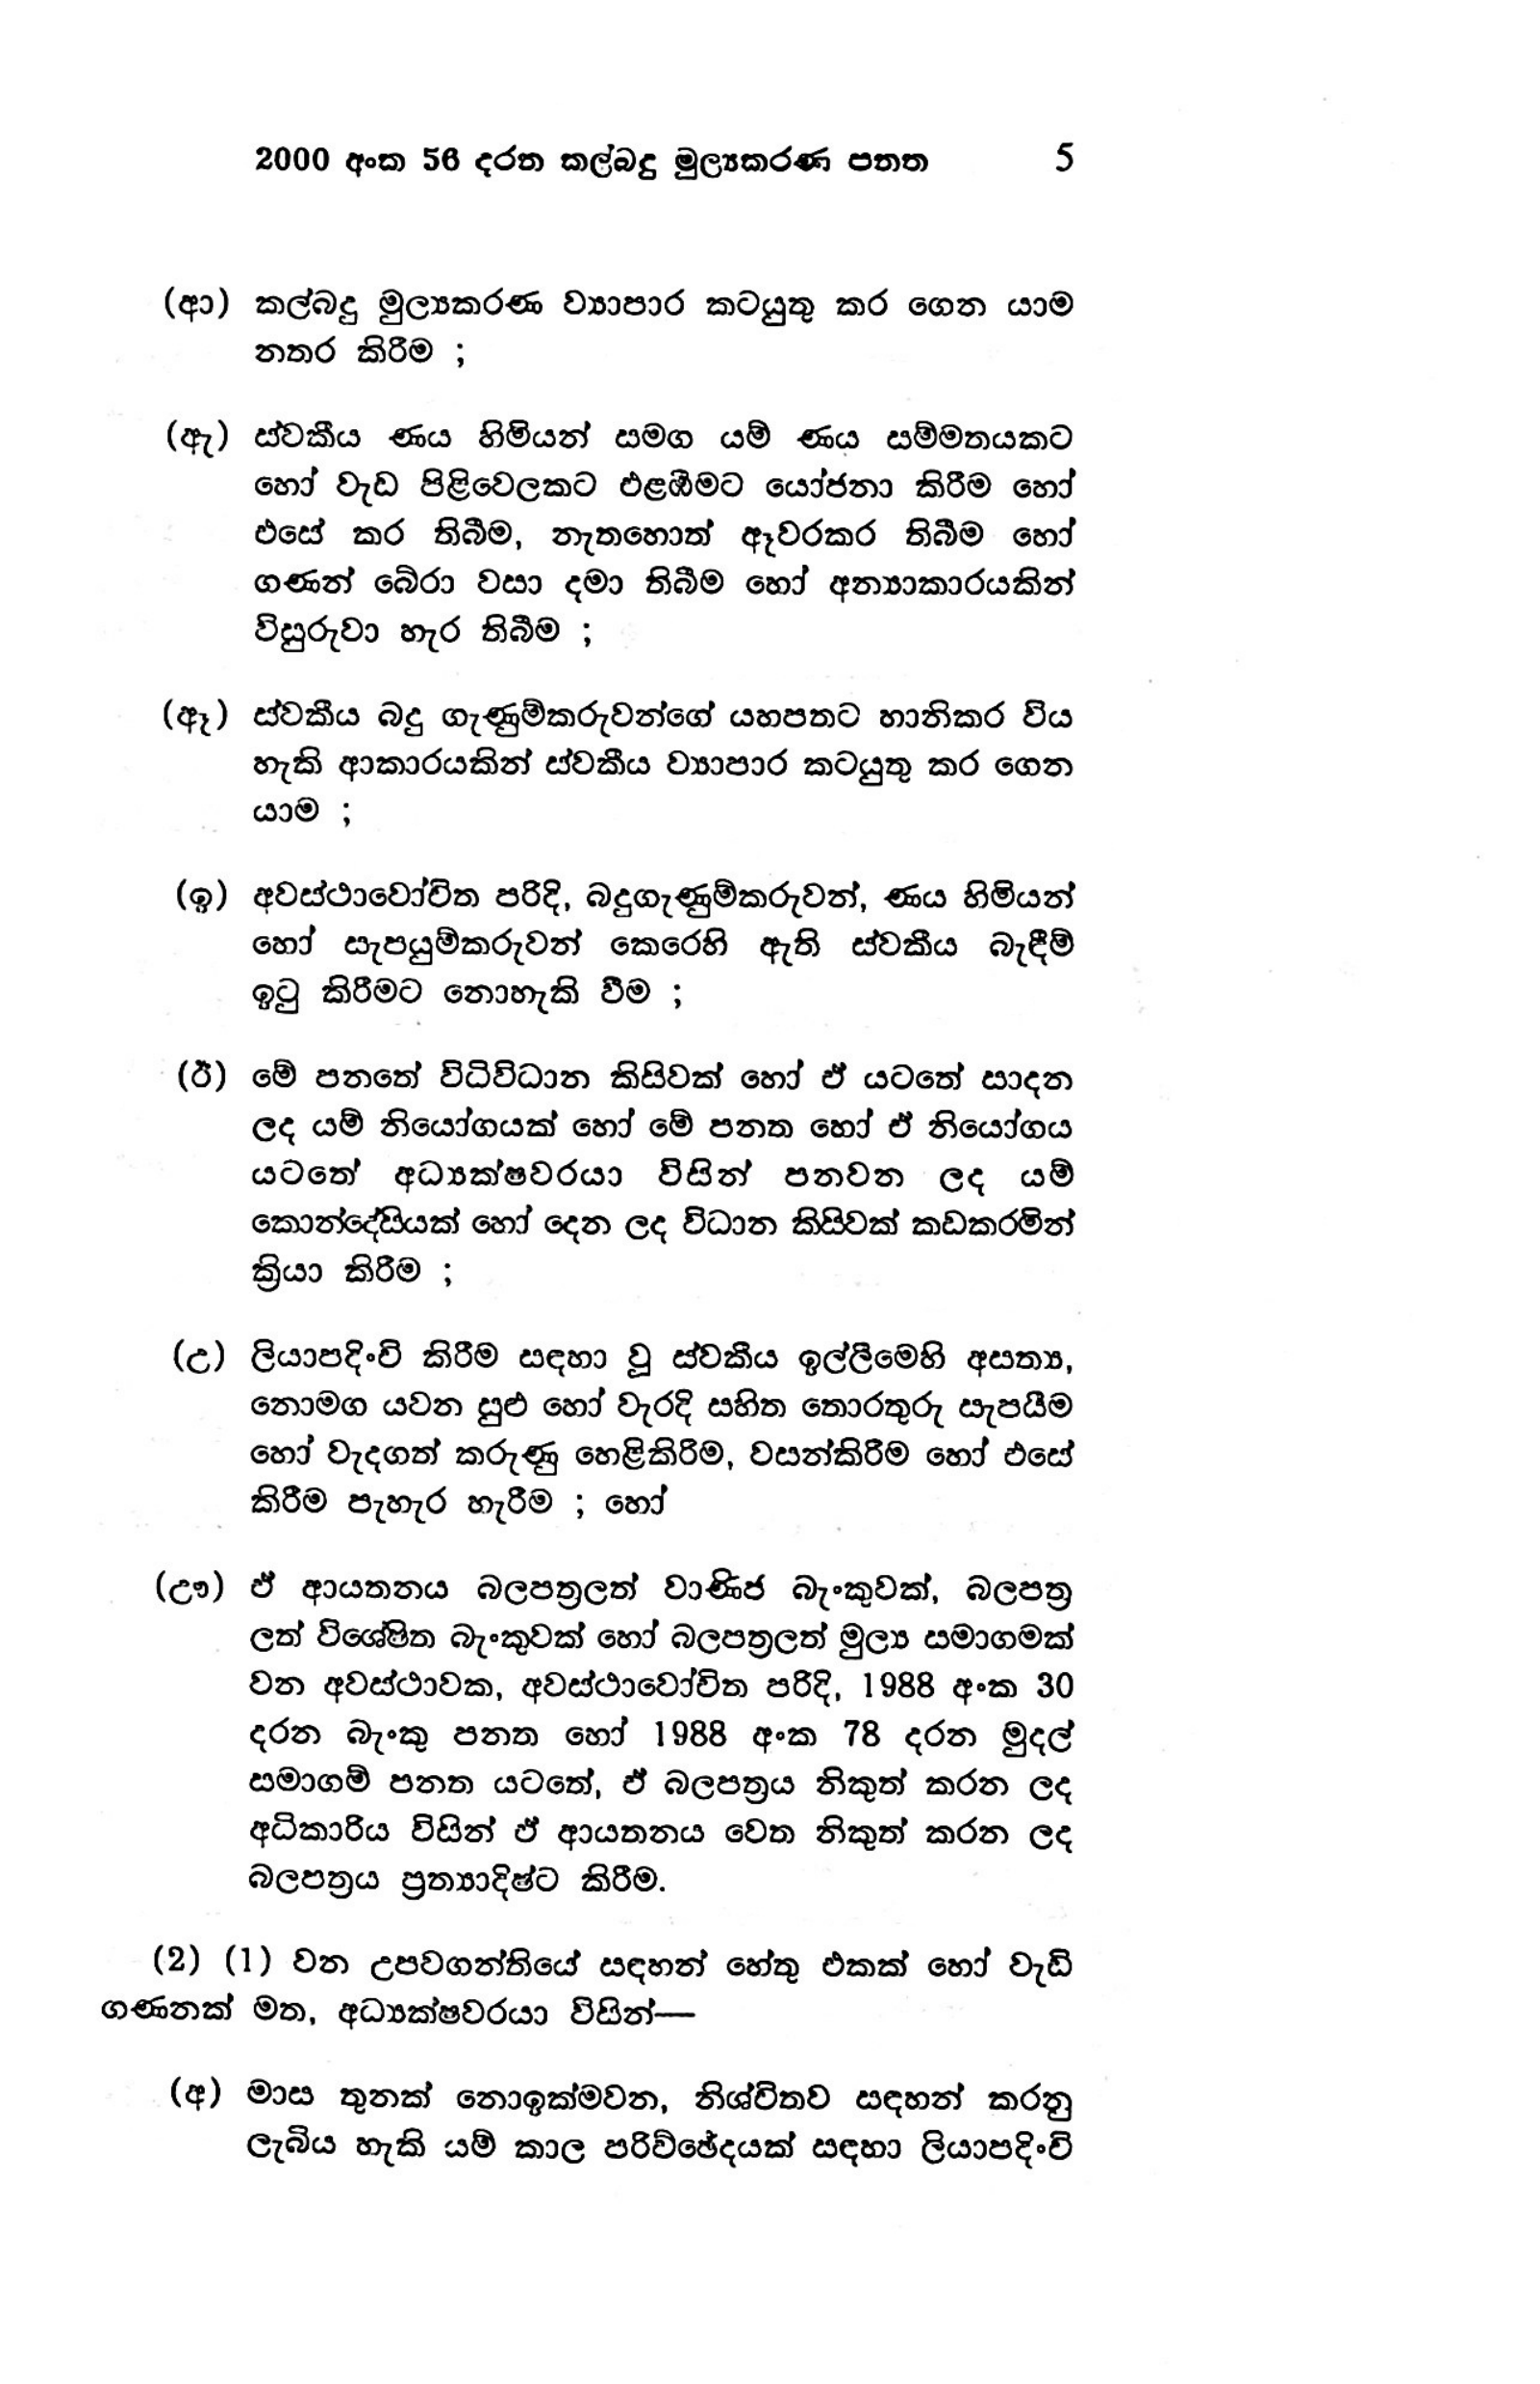
2000 අංක 56 දරන කල්බදු මුල්‍යකරණ පනත 5

(ආ) කල්බදු මුල්‍යකරණ ව්‍යාපාර කටයුතු කර ගෙන යාම
නතර කිරීම ;

(ඇ) ස්වකීය ණය හිමියන් සමග යම් ණය සම්මතයකට
හෝ වැඩ පිළිවෙලකට එළඹීමට යෝජනා කිරීම හෝ
එසේ කර තිබීම, නැතහොත් ඈවරකර තිබීම හෝ
ගණන් බේරා වසා දමා තිබීම හෝ අන්‍යාකාරයකින්
විසුරුවා හැර තිබීම ;

(ඈ) ස්වකීය බදු ගැණුම්කරුවන්ගේ යහපතට හානිකර විය
හැකි ආකාරයකින් ස්වකීය ව්‍යාපාර කටයුතු කර ගෙන
යාම;

(ඉ) අවස්ථාවෝචිත පරිදි, බදුගැණුම්කරුවන්, ණය හිමියන්
හෝ සැපයුම්කරුවන් කෙරෙහි ඇති ස්වකීය බැඳීම
ඉටු කිරීමට නොහැකි වීම ;

(ඊ) මේ පනතේ විධිවිධාන කිසිවක් හෝ ඒ යටතේ සාදන
ලද යම් නියෝගයක් හෝ මේ පනත හෝ ඒ නියෝගය
යටතේ අධ්‍යක්ෂවරයා විසින් පනවන ලද යම්
කොන්දේසියක් හෝ දෙන ලද විධාන කිසිවක් කඩකරමින්
ක්‍රියා කිරීම ;

(උ) ලියාපදිංචි කිරීම සඳහා වූ ස්වකීය ඉල්ලීමෙහි අසත්‍ය,
නොමග යවන සුළු හෝ වැරදි සහිත තොරතුරු සැපයීම
හෝ වැදගත් කරුණු හෙළිකිරීම, වසන්කිරීම හෝ එසේ
කිරීම පැහැර හැරීම ; හෝ

(ඌ) ඒ ආයතනය බලපත්‍රලත් වාණිජ බැංකුවක්, බලපත්‍ර
ලත් විශේෂිත බැංකුවක් හෝ බලපත්‍රලත් මුල්‍ය සමාගමක්
වන අවස්ථාවක, අවස්ථාවෝචිත පරිදි, 1988 අංක 30
දරන බැංකු පනත හෝ 1988 අංක 78 දරන මුදල්
සමාගම් පනත යටතේ, ඒ බලපත්‍රය නිකුත් කරන ලද
අධිකාරිය විසින් ඒ ආයතනය වෙත නිකුත් කරන ලද
බලපත්‍රය ප්‍රත්‍යාදිෂ්ට කිරීම.

(2) (1) වන උපවගන්තියේ සඳහන් හේතු එකක් හෝ වැඩි
ගණනක් මත, අධ්‍යක්ෂවරයා විසින් —

(අ) මාස තුනක් නොඉක්මවන, නිශ්චිතව සඳහන් කරනු
ලැබිය හැකි යම් කාල පරිච්ඡේදයක් සඳහා ලියාපදිංචි